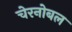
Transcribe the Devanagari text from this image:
चेरनोबल